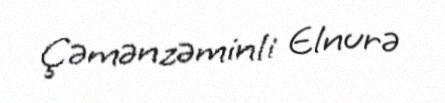
Çəmənzəminli Elnurə